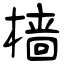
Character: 樯